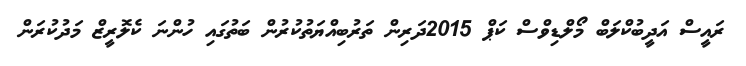
ރައީސް އަދީބުކްލަބް މޯލްޑިވްސް ކަޕް 2015ދަރިން ތަރުބިއްޔަތުކުރުން ބަތުގައި ހުންނަ ކެލޮރީޒް މަދުކުރަން